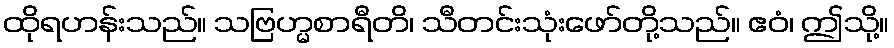
ထိုရဟန်းသည်။ သဗြဟ္မစာရီတိ၊ သီတင်းသုံးဖော်တို့သည်။ ဧဝံ၊ ဤသို့။